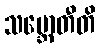
သမ္ဘောတီတိ